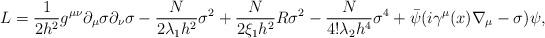
LaTeX: \begin{align*}L= \frac{1}{2h^2} g^{\mu\nu} \partial_\mu \sigma \partial_\nu \sigma-\frac{N}{2\lambda_1 h^2} \sigma^2 +\frac{N}{2\xi_1 h^2} R \sigma^2 -\frac{N}{4! \lambda_2 h^4} \sigma^4 +\bar{\psi} (i\gamma^\mu (x) \nabla_\mu - \sigma) \psi , \end{align*}